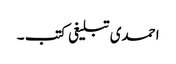
احمدی تبلیغی کتب ۔